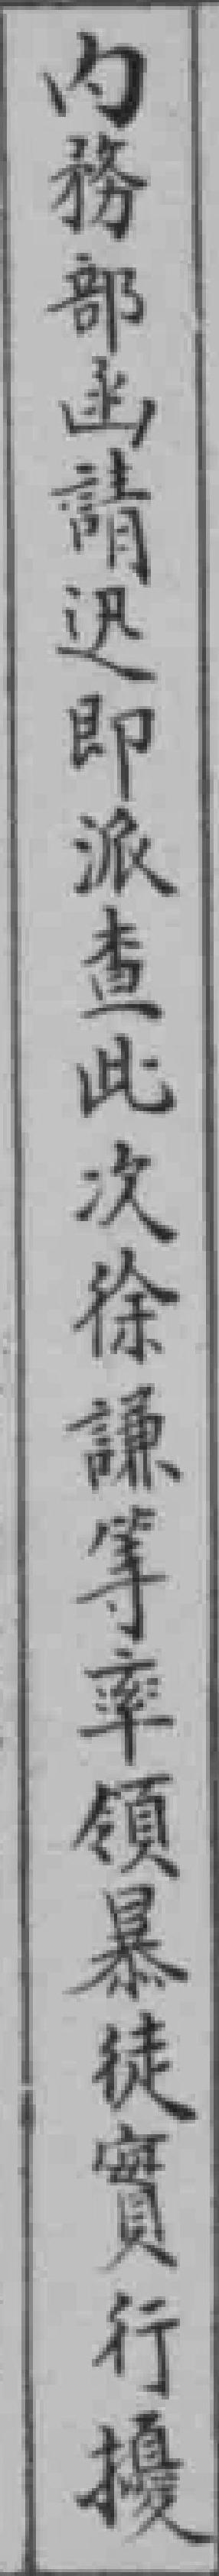
内務部函請迅即派查此次徐謙等率領暴徒實行擾